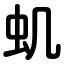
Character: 虮